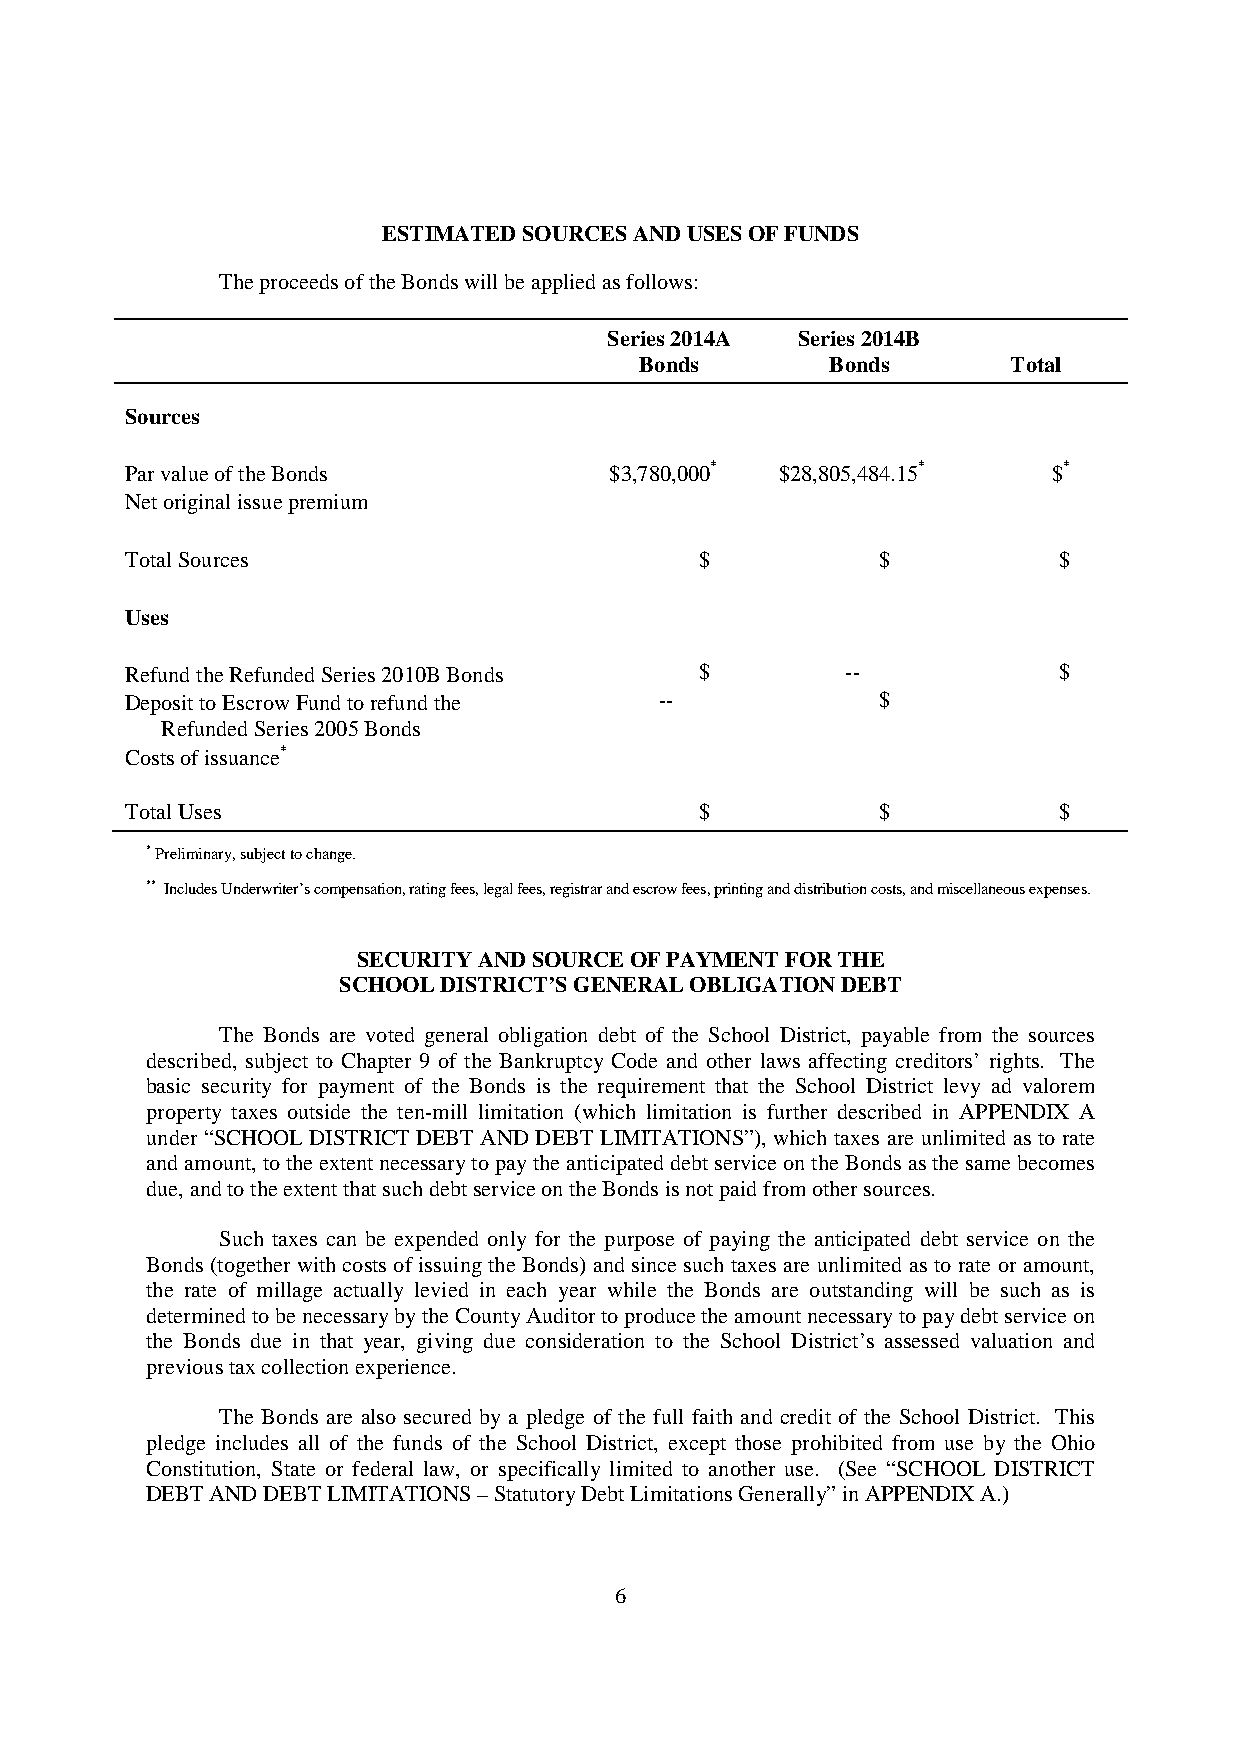
ESTIMATEDSOURCESANDUSESOFFUNDS
 TheproceedsoftheBondswillbeappliedasfollows:
 Series2014A  Series2014B
 Bonds        Bonds       Total
 Sources
 ParvalueoftheBonds              $3,780,000* $28,805,484.15*   $*
 Netoriginalissuepremium
 TotalSources                          $           $           $
 Uses
 RefundtheRefundedSeries2010BBonds     $         --            $
 DeposittoEscrowFundtorefundthe      --            $
 RefundedSeries2005Bonds
 Costsofissuance*
 TotalUses                             $           $           $
 *Preliminary,subjecttochange.
 ** IncludesUnderwriter’scompensation,ratingfees,legalfees,registrarandescrowfees,printinganddistributioncosts,andmiscellaneousexpenses.
 SECURITYANDSOURCEOFPAYMENTFORTHE
 SCHOOLDISTRICT’SGENERALOBLIGATIONDEBT
 The Bonds are voted general obligation debt of the School District, payable from the sources
 described, subject to Chapter 9 of the Bankruptcy Code and other laws affecting creditors’ rights. The
 basic security for payment of the Bonds is the requirement that the School District levy ad valorem
 property taxes outside the ten-mill limitation (which limitation is further described in APPENDIX A
 under “SCHOOL DISTRICT DEBT AND DEBT LIMITATIONS”), which taxes are unlimited as to rate
 andamount,totheextentnecessarytopaytheanticipateddebtserviceontheBondsasthesamebecomes
 due,andtotheextentthatsuchdebtserviceontheBondsisnotpaidfromothersources.
 Such taxes can be expended only for the purpose of paying the anticipated debt service on the
 Bonds (together with costsofissuing the Bonds) and since such taxes are unlimited as to rate or amount,
 the rate of millage actually levied in each year while the Bonds are outstanding will be such as is
 determinedtobenecessarybytheCountyAuditortoproducetheamountnecessarytopaydebtserviceon
 the Bonds due in that year, giving due consideration to the School District’s assessed valuation and
 previoustaxcollectionexperience.
 The Bonds are also secured by a pledge of the full faith and credit of the School District. This
 pledge includes all of the funds of the School District, except those prohibited from use by the Ohio
 Constitution, State or federal law, or specifically limited to another use. (See “SCHOOL DISTRICT
 DEBTANDDEBTLIMITATIONS–StatutoryDebtLimitationsGenerally”inAPPENDIXA.)
 6